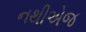
નથીએજ